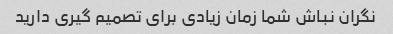
نگران نباش شما زمان زیادی برای تصمیم گیری دارید